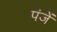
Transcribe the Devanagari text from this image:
पंजें